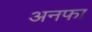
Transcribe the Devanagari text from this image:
अनफा